Indian Medical Review
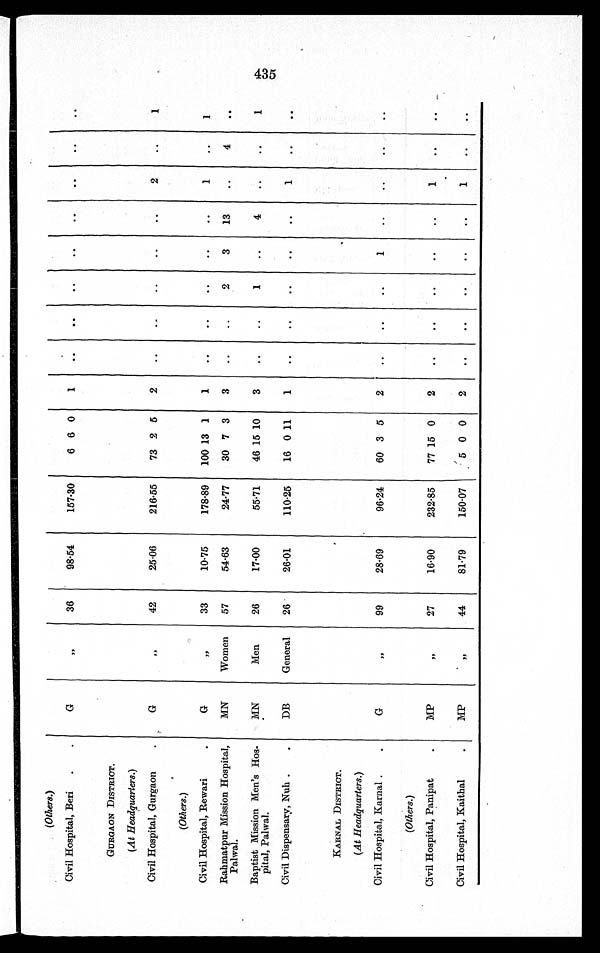
(Ot her s. )
Civil Hospital, Beri
G
"
36
98·54
157·30
6 6 0 1
..
..
..
..
..
..
..
..
GURGAON DISTRICT.
(At Headquarters.)
Civil Hospital, Gurgaon
G
"
42
25·06
216·55
73 2 5
2
..
..
..
..
..
2
..
1
(Ot her s.)
Civil Hospital, Rewari
G
"
33
10·75
178·89
100 13 1
1
..
..
..
..
..
1
..
1
Rahmatpur Mission Hospital, Palwal. MN
Women
57
54·63
24·77
30 7 3
3
..
..
2
3
1 3
..
4
. .
Baptist Mission Men's Hos-pital, Palwal.
MN
Men
26
17·00
55·71
46 15 10
3
..
..
1
..
4 ..
..
1
Civil Dispensary, Nuh
DB
General
26
26·01
110·25
16 0 11
1
..
..
..
..
..
1
..
..
KARNAL DISTRICT.
(At Headquarters.)
Civil Hospital, Karnal
G
"
99
28·69
96·24
60 3 5
2
..
..
..
1
..
..
..
..
(Ot her s. )
Civil Hospital, Panipat
MP
"
27
16·90
232·85
77 15 0
2
..
..
..
..
..
1
..
..
Civil Hospital, Kaithal
MP
"
44
81·79
150·07
5 0 0
2
..
..
..
..
..
1 ..
..